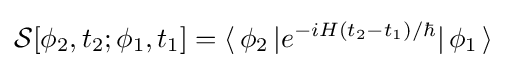
{\mathcal {S}}[\phi _{2},t_{2};\phi _{1},t_{1}]=\langle \,\phi _{2}\,|e^{-iH(t_{2}-t_{1})/\hbar }|\,\phi _{1}\,\rangle